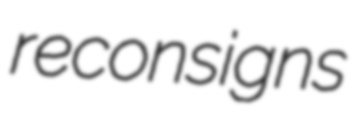
reconsigns